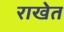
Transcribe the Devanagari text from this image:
राखेत